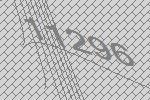
11296